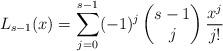
LaTeX: \begin{align*} L_{s-1}(x) = \sum_{j=0}^{s-1} (-1)^j \begin{pmatrix} s-1 \\ j \end{pmatrix} \frac{x^j}{j!}\end{align*}